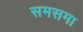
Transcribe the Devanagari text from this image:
समसमा